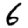
Digit: 6